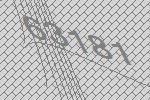
63181